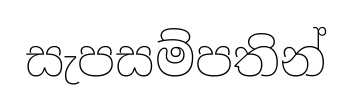
සැපසම්පතින්